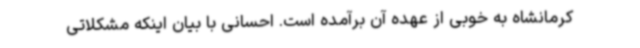
کرمانشاه به خوبی از عهده آن برآمده است. احسانی با بیان اینکه مشکلاتی